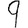
Digit: 9